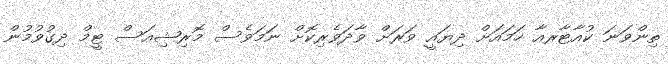
ތިންވަނަ ކުއާޓާރއާ ހަމައަށް ދިޔައީ ވަރަށް ވާދަވެރިކޮށް ނަމަވެސް މޮރިޝިއަސް ޓީމް ދިގުވުމުން